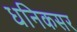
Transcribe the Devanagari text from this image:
धनिकसर